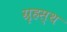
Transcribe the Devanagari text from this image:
ग्रृहस्थ